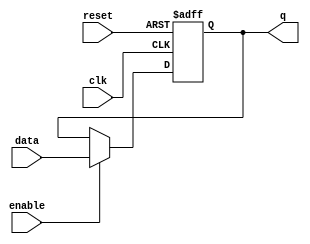
module L3Register (q, data, clk, reset, enable);
	input [31:0] data ;
	input clk, reset, enable; 
	output  reg [31:0] q; 
	//-------------Code Starts Here--------- 
	always @ ( posedge clk or posedge reset) 
		if (reset==1'b1) begin 
			q <= 32'h00000000; 
		end 
		else if (enable) begin 
			q <= data; 
		end
endmodule